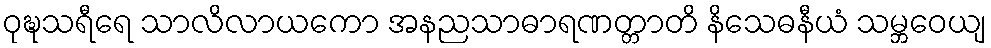
ဝုဍ္ဎသရီရေ သာလိလာယကော အနညသာဓာရဏတ္တာတိ နိသေဓနီယံ သမ္ဘဝေယျ